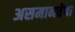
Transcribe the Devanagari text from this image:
असमानतेचा